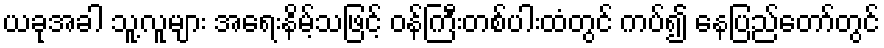
ယခုအခါ သူ့လူများ အရေးနိမ့်သဖြင့် ဝန်ကြီးတစ်ပါးထံတွင် ကပ်၍ နေပြည်တော်တွင်